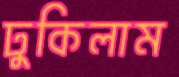
ঢুকিলাম